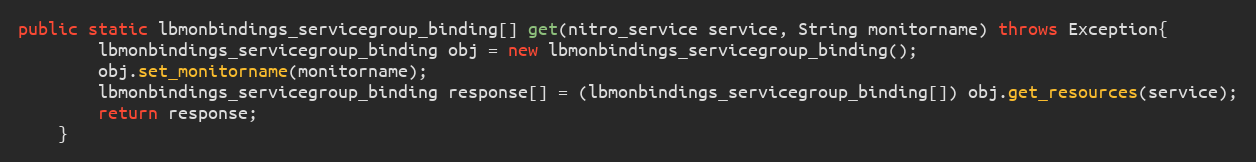
Language: Java
public static lbmonbindings_servicegroup_binding[] get(nitro_service service, String monitorname) throws Exception{
		lbmonbindings_servicegroup_binding obj = new lbmonbindings_servicegroup_binding();
		obj.set_monitorname(monitorname);
		lbmonbindings_servicegroup_binding response[] = (lbmonbindings_servicegroup_binding[]) obj.get_resources(service);
		return response;
	}